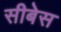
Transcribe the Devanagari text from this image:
सीबेस